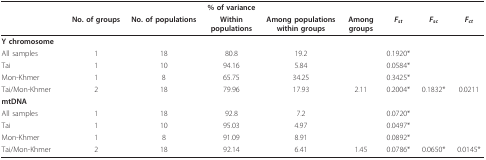
<table><thead><tr><td></td><td></td><td></td><td><b>% of variance</b></td><td></td><td></td><td></td><td></td><td></td></tr><tr><td></td><td><b>No. of groups</b></td><td><b>No. of populations</b></td><td><b>Within populations</b></td><td><b>Among populations within groups</b></td><td><b>Among groups</b></td><td><b><i>F<sub>st</sub></i></b></td><td><b><i>F<sub>sc</sub></i></b></td><td><b><i>F<sub>ct</sub></i></b></td></tr></thead><tbody><tr><td><b>Y chromosome</b></td><td></td><td></td><td></td><td></td><td></td><td></td><td></td><td></td></tr><tr><td>All samples</td><td>1</td><td>18</td><td>80.8</td><td>19.2</td><td></td><td>0.1920*</td><td></td><td></td></tr><tr><td>Tai</td><td>1</td><td>10</td><td>94.16</td><td>5.84</td><td></td><td>0.0584*</td><td></td><td></td></tr><tr><td>Mon-Khmer</td><td>1</td><td>8</td><td>65.75</td><td>34.25</td><td></td><td>0.3425*</td><td></td><td></td></tr><tr><td>Tai/Mon-Khmer</td><td>2</td><td>18</td><td>79.96</td><td>17.93</td><td>2.11</td><td>0.2004*</td><td>0.1832*</td><td>0.0211</td></tr><tr><td><b>mtDNA</b></td><td></td><td></td><td></td><td></td><td></td><td></td><td></td><td></td></tr><tr><td>All samples</td><td>1</td><td>18</td><td>92.8</td><td>7.2</td><td></td><td>0.0720*</td><td></td><td></td></tr><tr><td>Tai</td><td>1</td><td>10</td><td>95.03</td><td>4.97</td><td></td><td>0.0497*</td><td></td><td></td></tr><tr><td>Mon-Khmer</td><td>1</td><td>8</td><td>91.09</td><td>8.91</td><td></td><td>0.0892*</td><td></td><td></td></tr><tr><td>Tai/Mon-Khmer</td><td>2</td><td>18</td><td>92.14</td><td>6.41</td><td>1.45</td><td>0.0786*</td><td>0.0650*</td><td>0.0145*</td></tr></tbody></table>